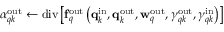
\alpha _ { q k } ^ { \mathrm { o u t } } \gets \mathrm { d i v } \left[ \mathbf { f } _ { q } ^ { \mathrm { o u t } } \left( \mathbf { q } _ { k } ^ { \mathrm { i n } } , \mathbf { q } _ { k } ^ { \mathrm { o u t } } , \mathbf { w } _ { q } ^ { \mathrm { o u t } } , \gamma _ { q k } ^ { \mathrm { o u t } } , \gamma _ { q k } ^ { \mathrm { i n } } \right) \right]